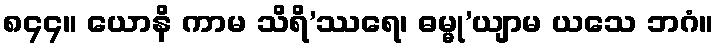
၈၄၄။ ယောနိ ကာမ သိရိ’ဿရေ၊ ဓမ္မု’ယျာမ ယသေ ဘဂံ။